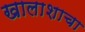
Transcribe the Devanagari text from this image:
खालाशाचा